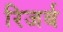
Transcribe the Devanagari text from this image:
रिजर्ब